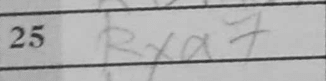
Transcription: Rxa7